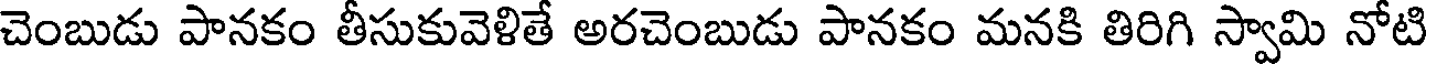
చెంబుడు పానకం తీసుకువెళితే అరచెంబుడు పానకం మనకి తిరిగి స్వామి నోటి